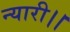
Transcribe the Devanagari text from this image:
न्यारी।।